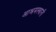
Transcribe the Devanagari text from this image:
आश्रमस्थानी